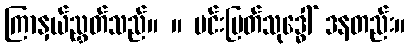
ကြာနှယ်ညွှတ်သည်။ ။ မင်းမြတ်သုဒ္ဓေါ် ဒနတည်း။